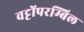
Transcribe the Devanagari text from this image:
वट्टोंपरम्बिल